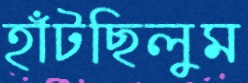
হাঁটছিলুম